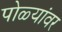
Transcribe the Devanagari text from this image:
पोळ्यांवर